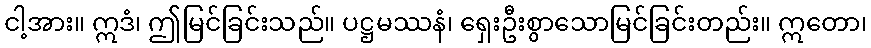
ငါ့အား။ ဣဒံ၊ ဤမြင်ခြင်းသည်။ ပဋ္ဌမဿနံ၊ ရှေးဦးစွာသောမြင်ခြင်းတည်း။ ဣတော၊